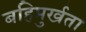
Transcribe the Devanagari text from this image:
बहिमुर्खता